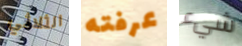
الثلاثي عرفته شيء